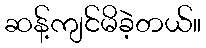
ဆန့်ကျင်မိခဲ့တယ်။